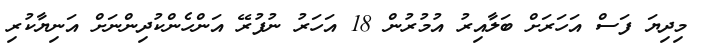
މިދިޔަ ފަސް އަހަރަށް ބަލާއިރު އުމުރުން 18 އަހަރު ނުފުރޭ އަންހެންކުދިންނަށް އަނިޔާކުރި